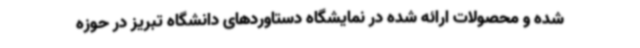
شده و محصولات ارائه شده در نمایشگاه دستاوردهای دانشگاه تبریز در حوزه